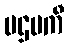
ပဌမကီ